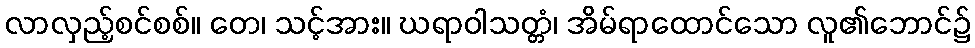
လာလှည့်စင်စစ်။ တေ၊ သင့်အား။ ဃရာဝါသတ္တံ၊ အိမ်ရာထောင်သော လူ၏ဘောင်၌